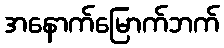
အနောက်မြောက်ဘက်